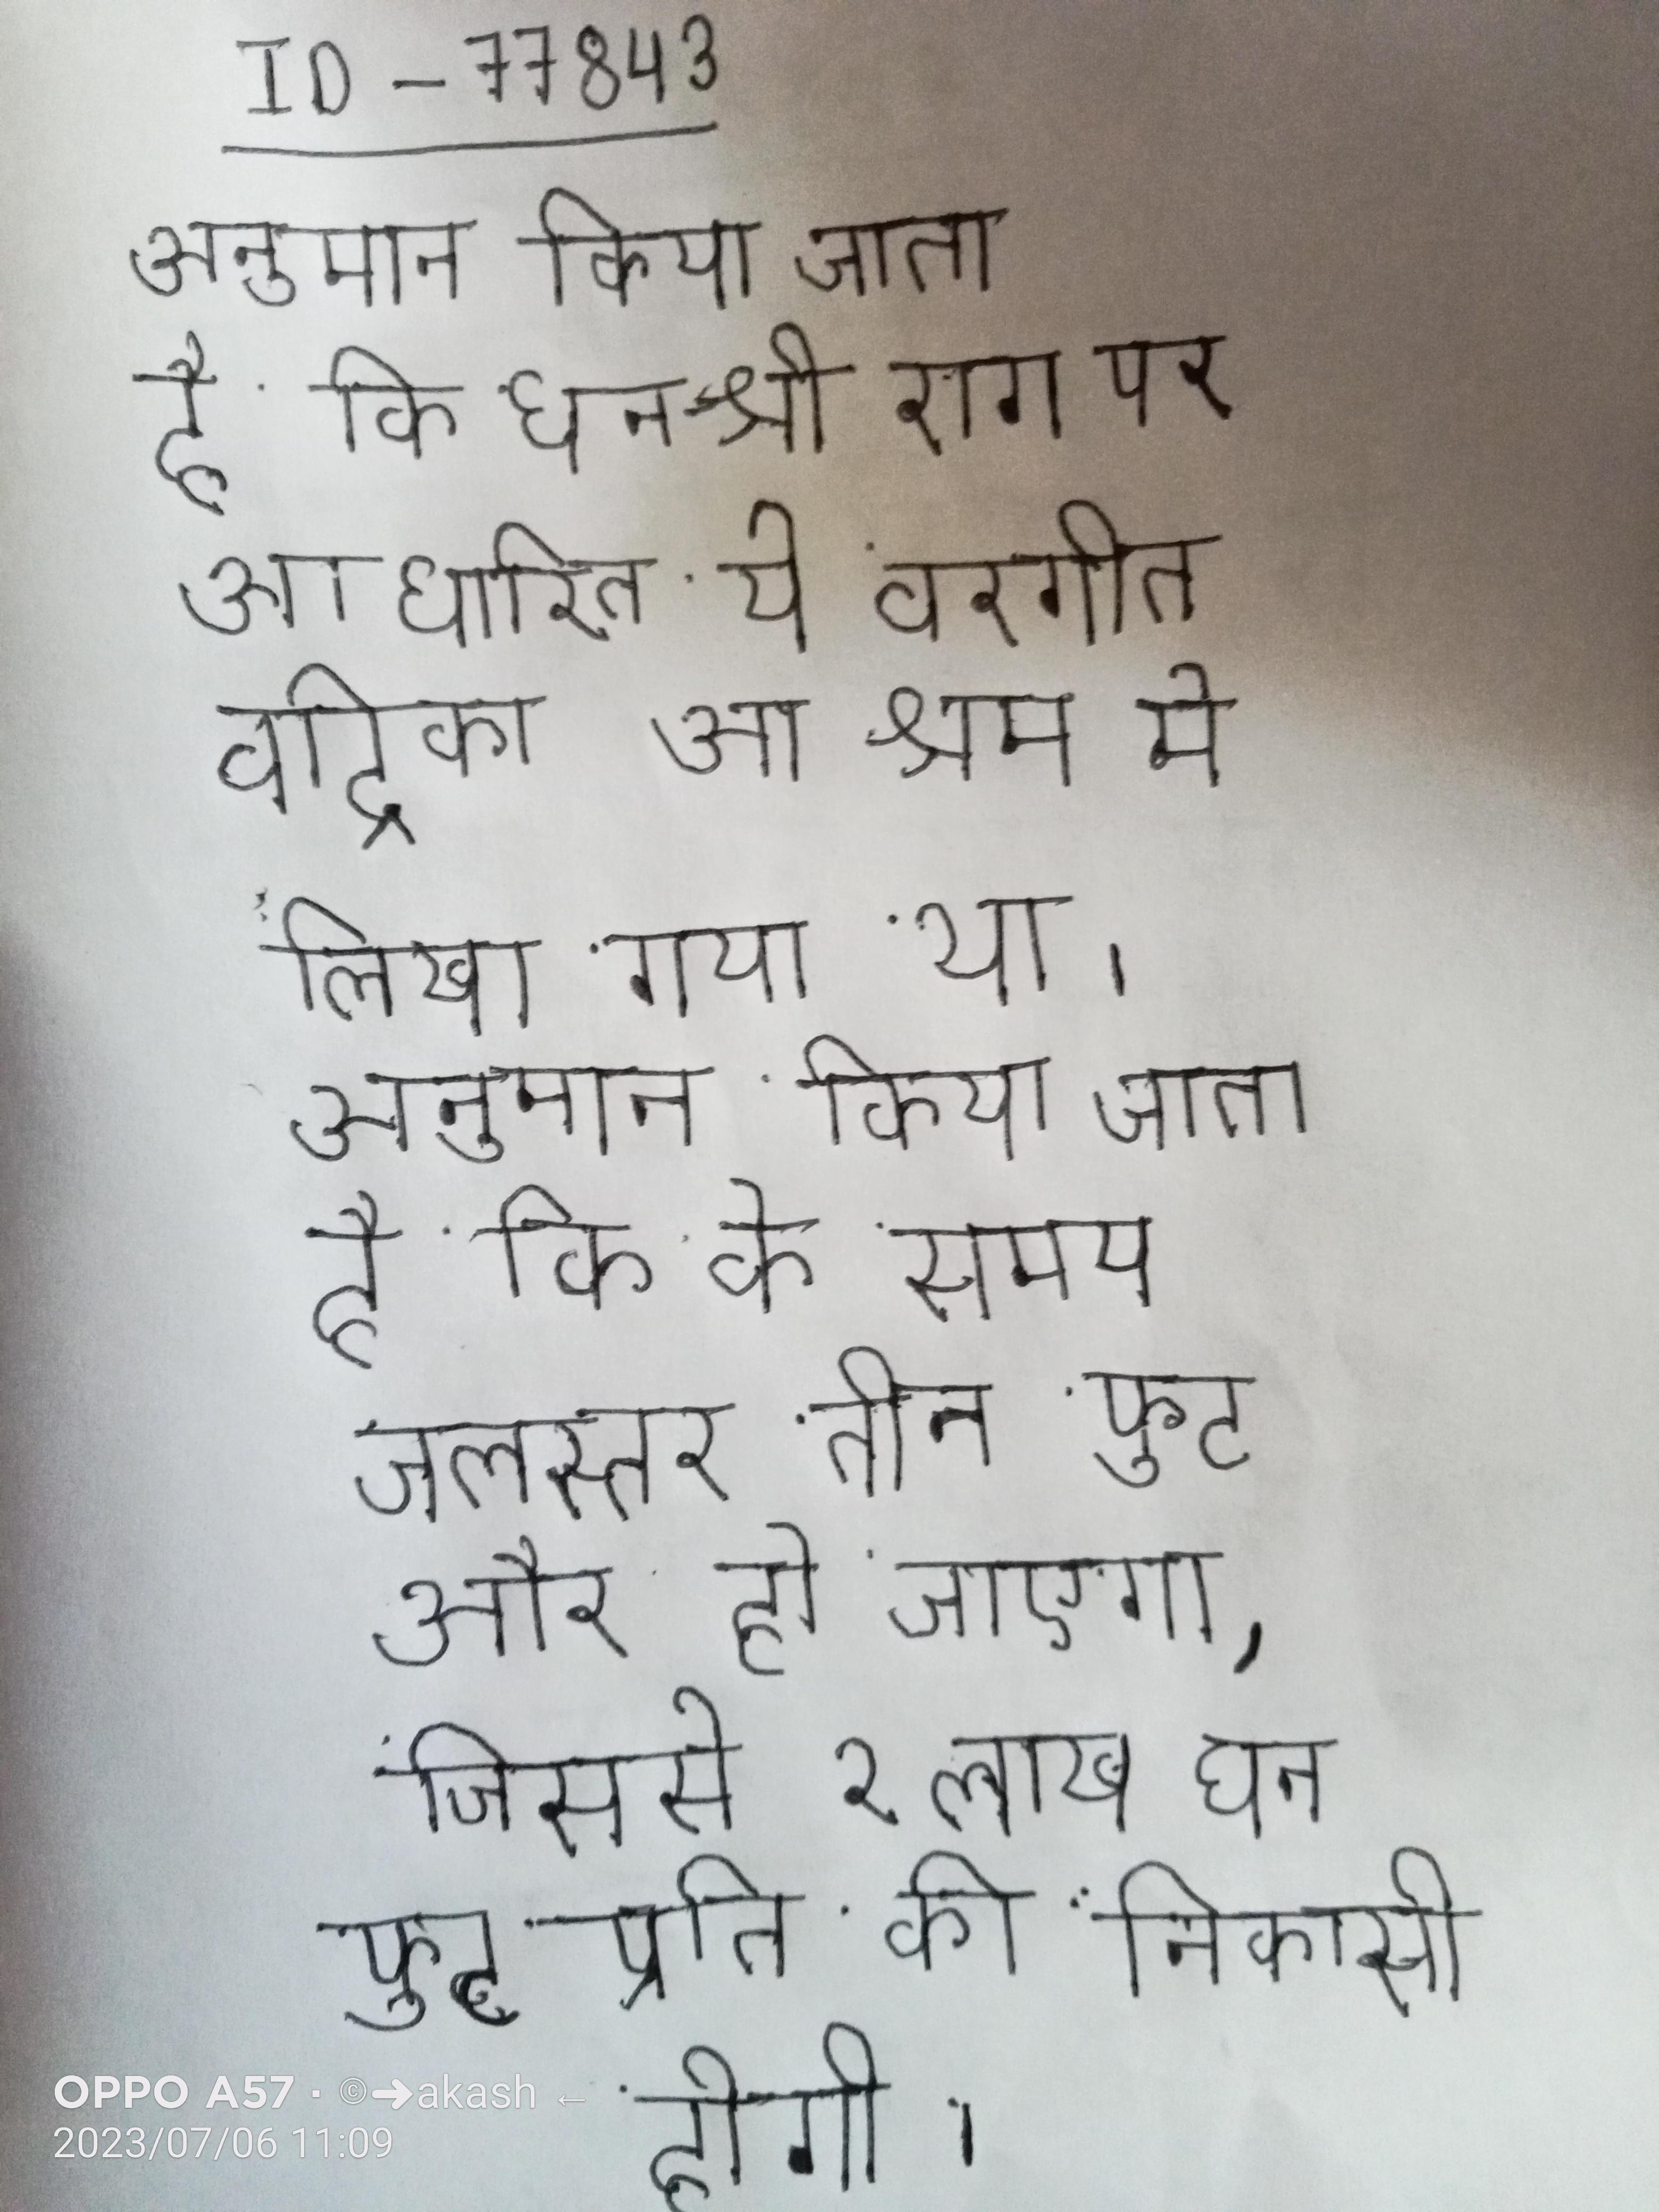
अनुमान किया जाता है कि धनश्री राग पर आधारित ये वरगीत वद्रिका आश्रम मे लिखा गया था । अनुमान किया जाता है कि के समय जलस्तर तीन फुट और हो जाएगा, जिससे २ लाख घन फुट प्रति की निकासी होगी ।